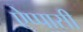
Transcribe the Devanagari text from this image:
ऐप्पासी